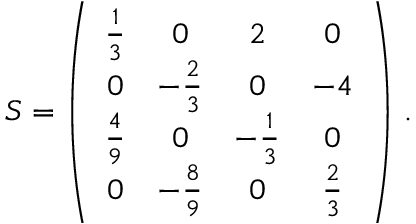
S = \left( \begin{array} { c c c c } { { \frac { 1 } { 3 } } } & { { 0 } } & { { 2 } } & { { 0 } } \\ { { 0 } } & { { - \frac { 2 } { 3 } } } & { { 0 } } & { { - 4 } } \\ { { \frac { 4 } { 9 } } } & { { 0 } } & { { - \frac { 1 } { 3 } } } & { { 0 } } \\ { { 0 } } & { { - \frac { 8 } { 9 } } } & { { 0 } } & { { \frac { 2 } { 3 } } } \end{array} \right) \, .